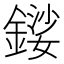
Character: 𨪍